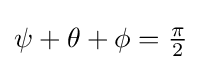
\psi +\theta +\phi ={\tfrac {\pi }{2}}